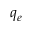
q _ { e }